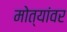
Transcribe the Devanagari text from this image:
मोत्यांवर